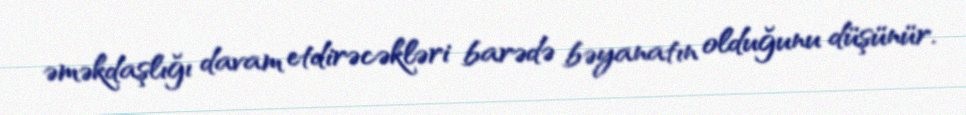
əməkdaşlığı davam etdirəcəkləri barədə bəyanatın olduğunu düşünür.